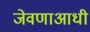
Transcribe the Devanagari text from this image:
जेवणाआधी